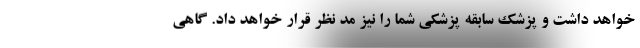
خواهد داشت و پزشک سابقه پزشکی شما را نیز مد نظر قرار خواهد داد. گاهی